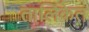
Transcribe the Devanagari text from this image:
तालिकेत